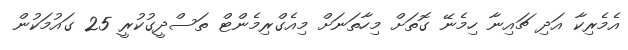
އެމެރިކާ އަދި ޗައިނާ ހިމެނޭ ގޮތަށް މިހާތަނަށް މިއެގްރިމެންޓް ތަސްދީގުކުރީ 25 ގައުމަކުން